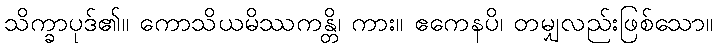
သိက္ခာပုဒ်၏။ ကောသိယမိဿကန္တိ၊ ကား။ ဧကေနပိ၊ တမျှလည်းဖြစ်သော။